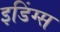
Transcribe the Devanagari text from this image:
इडिंग्स